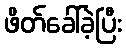
ဖိတ်ခေါ်ခဲ့ပြီး